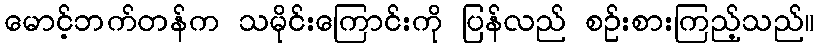
မောင့်ဘက်တန်က သမိုင်းကြောင်းကို ပြန်လည် စဉ်းစားကြည့်သည်။